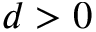
d > 0